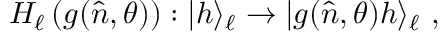
H _ { \ell } \left( g ( \hat { n } , \theta ) \right) : | h \rangle _ { \ell } \to | g ( \hat { n } , \theta ) h \rangle _ { \ell } ~ ,